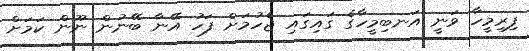
ފިރިމީހާ ވަނީ އަނބިމީހާގެ ގައިގައި ޖެހުމަށް ފަހު އޭނާ ބޭނުން ނޫން ކަމަށް